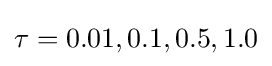
\tau =0.01,0.1,0.5,1.0